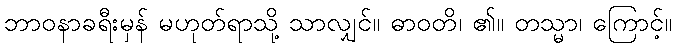
ဘာဝနာခရီးမှန် မဟုတ်ရာသို့ သာလျှင်။ ဓာဝတိ၊ ၏။ တသ္မာ၊ ကြောင့်။